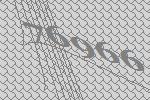
76966